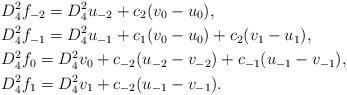
LaTeX: \begin{align*}&D_4^2f_{-2} = D_4^2u_{-2} + c_2(v_0-u_0),\\&D_4^2f_{-1} = D_4^2u_{-1} + c_1(v_0-u_0) + c_2(v_1-u_1),\\&D_4^2f_{0} = D_4^2v_{0} + c_{-2}(u_{-2}-v_{-2}) + c_{-1}(u_{-1}-v_{-1}),\\&D_4^2f_{1} = D_4^2v_{1} + c_{-2}(u_{-1}-v_{-1}).\end{align*}